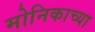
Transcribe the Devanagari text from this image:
मोनिकाच्या